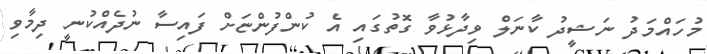
މުހައްމަދު ނަޝީދު ކާނަލް ވިދާޅުވާ ގޮތުގައި އެ ކުންފުންޏަށް ފައިސާ ނުދެއްކުނީ ދިމާވި